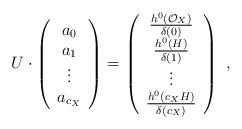
LaTeX: \begin{align*}U\cdot\left( \begin{array}{ c }a_0 \\a_1 \\\vdots \\a_{c_X} \\\end{array}\right)=\left( \begin{array}{ c }\frac{h^0(\mathcal{O}_X)}{\delta(0)} \\\frac{h^0(H)}{\delta(1)} \\\vdots \\\frac{h^0(c_X H)}{\delta(c_X)} \\\end{array}\right)\ ,\end{align*}